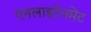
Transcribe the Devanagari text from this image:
एनलाइटेनमेंट